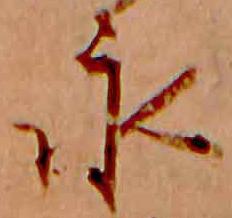
永